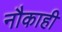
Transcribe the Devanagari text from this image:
नौकाही